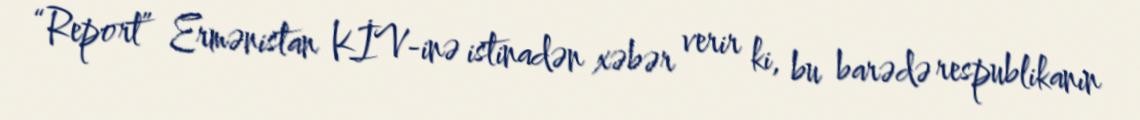
“Report” Ermənistan KİV-inə istinadən xəbər verir ki, bu barədə respublikanın